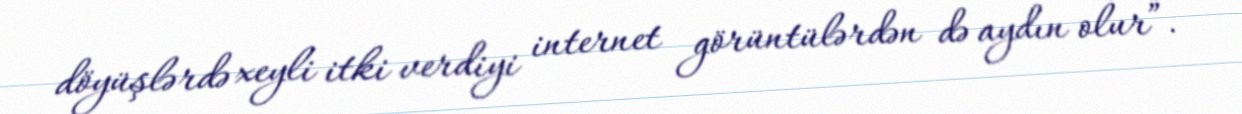
döyüşlərdə xeyli itki verdiyi internet görüntülərdən də aydın olur”.